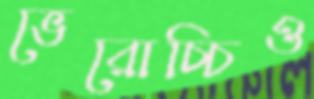
ভেরোচ্চিও